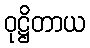
ဝုဋ္ဌိတာယ